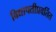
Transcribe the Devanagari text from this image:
विद्यापतीप्रवर्तित